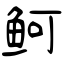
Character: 鲄